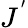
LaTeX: J^{'}